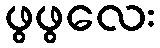
ဖွဖွလေး